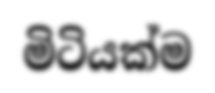
මිටියක්ම